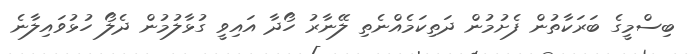
ބިސްމީގެ ބަރަކާތުން ފެށުމުން ދަތިކަމެއްނެތި ލޭނާރު ހޯދާ އައިވީ ގުޅާލުމުން ދެލޯ ހުޅުވައިލާނެ